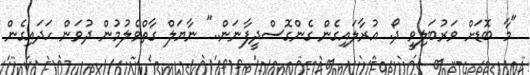
"މާ ބޮޑަށް ވަރުބަލިވީ ދޯ. އުރާލައިގެން ގެންގޮސްދީފާނަން.." ނާޔަލް ގާތްވެލުމުން ދުވަން ހަދައިގެން